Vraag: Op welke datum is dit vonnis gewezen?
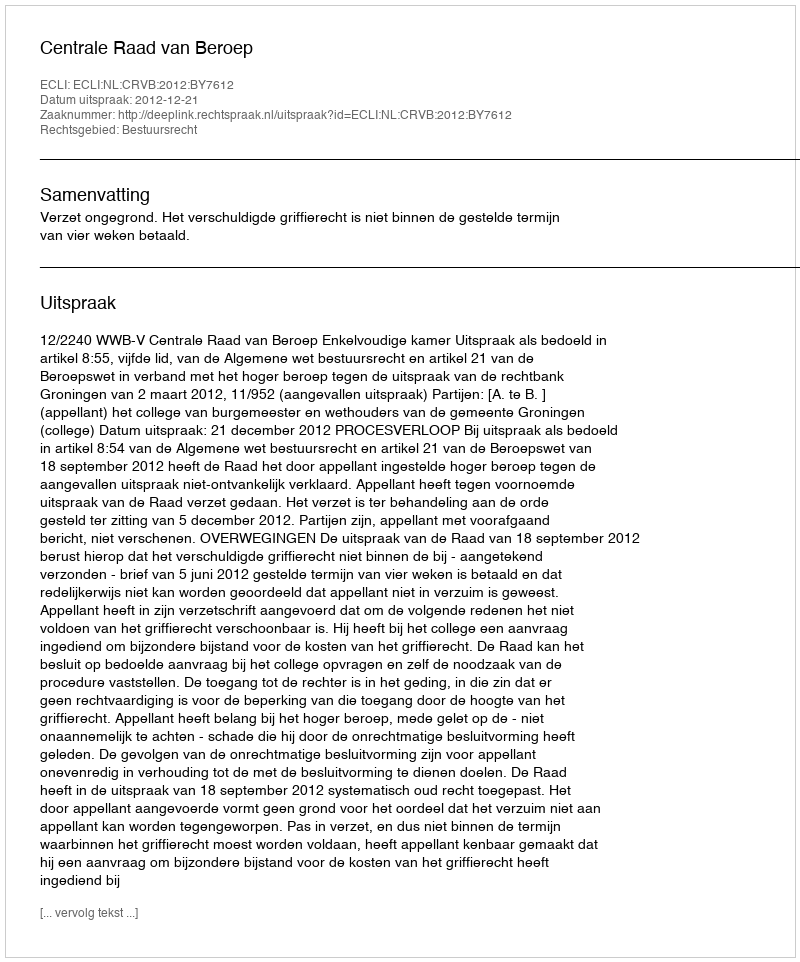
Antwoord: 2012-12-21